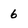
Character: 6